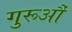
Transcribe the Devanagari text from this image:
गुरूऔं